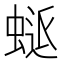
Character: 𮔜